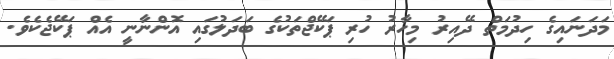
މަދަނައިގެ ހިދުމަތް ދޭއިރު މިހާރު ހުރި ޕަކޭޖްތަކުގެ ބަދަލުގައި އޮންނާނީ އެއް ޕަކޭޖެކެވެ.